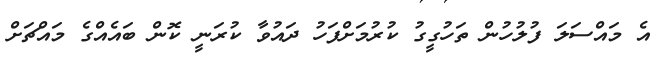
އެ މައްސަލަ ފުލުހުން ތަހުގީގު ކުރުމަށްފަހު ދައުވާ ކުރަނީ ކޮން ބައެއްގެ މައްޗަށް